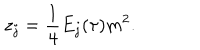
z _ { j } = { \frac { 1 } { 4 } } E _ { j } ( \tau ) m ^ { 2 } .